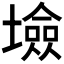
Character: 𡑯